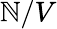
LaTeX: \mathbb{N}/V